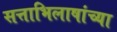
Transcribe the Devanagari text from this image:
सत्ताभिलाषांच्या